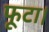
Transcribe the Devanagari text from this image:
फूटा।